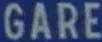
GARE